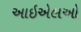
આઇએલઓ